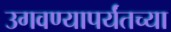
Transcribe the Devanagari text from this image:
उगवण्यापर्यंतच्या